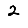
Digit: 2